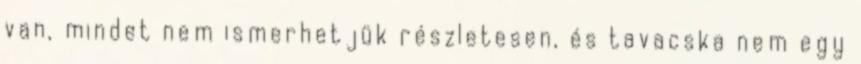
van, mindet nem ismerhetjük részletesen, és tavacska nem egy